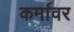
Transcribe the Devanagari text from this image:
कर्मावर